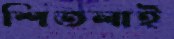
শিতলাই